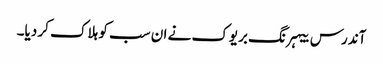
آندرس بیہرنگ بریوک نے ان سب کو ہلاک کر دیا۔